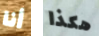
أنا هكذا